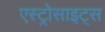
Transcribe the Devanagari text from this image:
एस्ट्रोसाइट्स